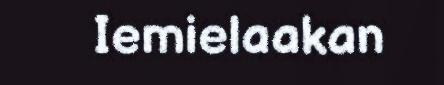
Iemielaakan